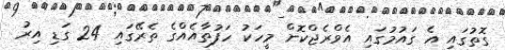
ގޮތުގައި އެ ގައުމުގައި އެވްރެޖްކޮށް މީހަކު ހަފުތާއެއްގެ ތެރޭގައި 24 ގަޑި އިރު